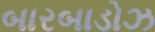
બારબાડોઝ